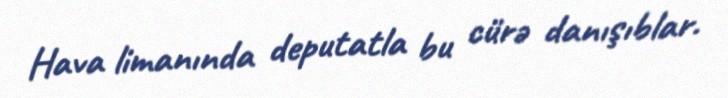
Hava limanında deputatla bu cürə danışıblar.